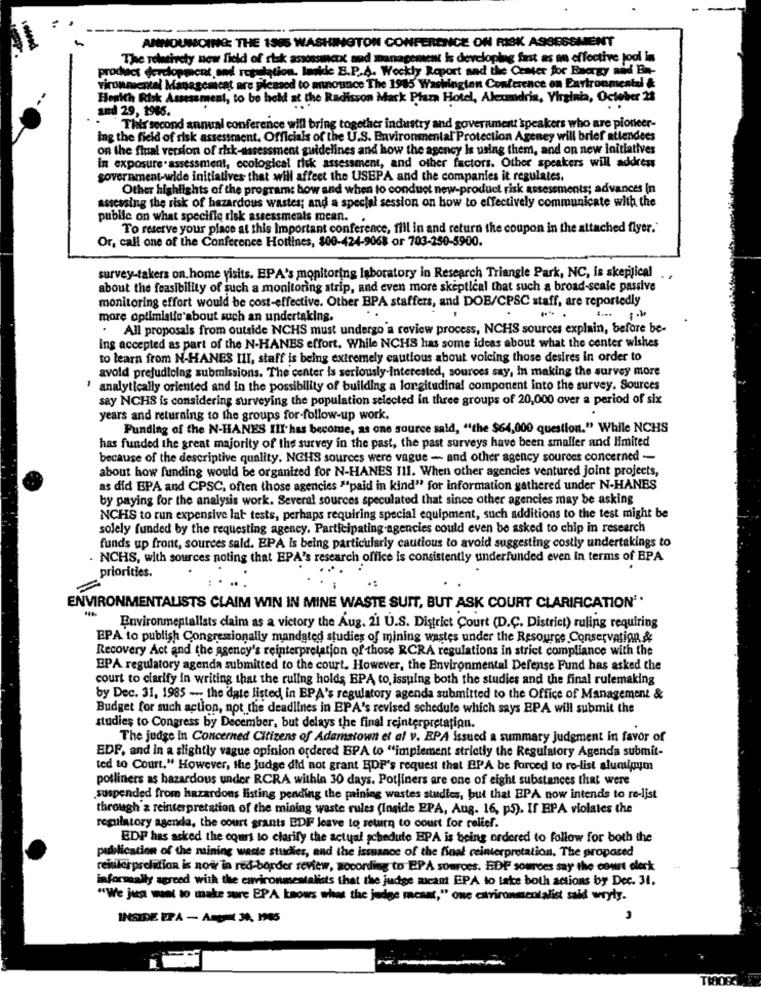
---
ANNOUNCING; THE 1986 WASHINGTON CONFERENCE ON RISK ASSESSMENT
The relativety new field of risk assossinck and management is developing fast as an effective jod in
product derclopment and regulation. lookde B.P.A. Weckly Report and the Center for Energy aid En-
vironmentel Managcascat are pleased to announce The 1985 Washingien Conference on Environmental &
Health Risk Assessment, to be held at the Radisson Mack Plaza Hotel, Aleumidris, Virginia, October 23
and 29, 1985.
..
This second annual conference will bring together industry and governmentt'speakers who are pioneer-
ing the field of risk assessment. Officials of the U.S. Environmental Protection Agency will brief attendees
on the final version of risk-assessment guidelines and how the agency is using them, and on new initiatives
in exposure .assessment, ecological risk assessment, and other factors. Other speakers will address
government-wide initiatives that will affect the USEPA and the companies it regulates.
Other highlights of the program: how and when to conduct new-product risk assessments; advances In
assessing the risk of hazardous wastes; and a special session on how to effectively communicate with the
public on what specifie risk assessments mean ..
To reserve your place at this Important conference, fill in and return the coupon in the attached flyer."
Or, call one of the Conference Hotlines, 800-424-9068 or 703-250-5900.
survey-takers on. home visits. EPA's monitoring laboratory in Research Triangle Park, NC, is skeptical
about the feasibility of such a monitoring atrip, and even more skeptical that such a broad-scale passive
monitoring effort would be cost-effective. Other BPA staffers, and DOB/CPSC staff, are reportedly
more optimistic about such an undertaking.
. All proposals from outside NCHS must undergo a review process, NCHS sources explain, before be-
ing accepted as part of the N-HANES effort. While NCHS has some ideas about what the center wishes
to learn from N-HANES III, staff is being extremely cautious about voicing those desires in order to
avold prejudioing submissions. The center is seriously-Interested, sources say, In making the survey more
analytically oriented and In the possibility of building a longitudinal component into the survey. Sources
say NCHS is considering surveying the population selected in three groups of 20,000 over a period of six
years and returning to the groups for-follow-up work.
Funding of the N-HANES III has become, as one source said, "the $64,000 question." While NCHS
has funded the great majority of the survey in the past, the past surveys have been smaller and limited
because of the descriptive quality. NGHS sources were vague - and other agency sources concerned -
about how funding would be organized for N-HANES 111. When other agencies ventured joint projects,
as did BPA and CPSC, often those agencies ""paid in kind" for information gathered under N-HANES
by paying for the analysis work. Several sources speculated that since other agencies may be asking
NCHS to run expensive lab tests, perhaps requiring special equipment, such additions to the test might be
solely funded by the requesting agency, Participating agencies could even be asked to chip in research
funds up front, sources sald. EPA is being particularly cautious to avoid suggesting costly undertakings to
. NCHS, with sources noting that EPA's research office is consistently underfunded even in terms of EPA
priorities.
ENVIRONMENTALISTS CLAIM WIN IN MINE WASTE SUIT, BUT ASK COURT CLARIFICATION **
Environmentalists claim as a victory the Aug. 21 U.S. District Court (D.C. District) ruling requiring
EPA to publish Congressionally mandated studies of mining wastes under the Resource Conservation &
Recovery Act and the agency's reinterpretation of those RCRA regulations in strict compliance with the
EPA regulatory agenda submitted to the court. However, the Environmental Defense Fund has asked the
court to clarify in writing that the ruling holds BPA to, issuing both the studies and the final rulemaking
by Dec. 31, 1985 - the date listed in EPA's regulatory agenda submitted to the Office of Management &
Budget for such action, not the deadlines in EPA's revised schedule which says EPA will submit the
studies to Congress by December, but delays the final reinterpretation.
The judge In Concerned Citizens of Adamstown et al v. EPA issued a summary judgment in favor of
EDF, and in a slightly vague opinion ordered BPA to "implement strictly the Regulatory Agenda submit-
ted to Court." However, the judge did not grant EDF's request that EPA be forced to ro-list alumipum
potliners as hazardous under RCRA withla 30 days. Potliners are one of eight substances that were
suspended from hazardous listing pending the prining wastes studies, but that EPA now intends to re-list
through a reinterpretation of the mining waste rules (Inside EPA, Aug. 16, p5). If EPA violates the
regulatory agenda, the court grants EDF leave to return to court for relief.
EDP has asked the court to clarify the actual schedule BPA is being ordered to follow for both the
publication of the mining waste studies, and the issuance of the final reinterpretation, The proposed
reinterprelation is now in red-border review, according to EPA sources. EDP sources say the court olerk
informeally agreed with the environmentalists that the judge meant EPA to take both actions by Dec. 31.
"We just want to make sure EPA knows what the judge meant," one environmentalist said wryly.
INSIDE PPA - August 30, 1945